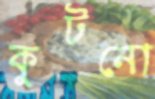
কুটনো